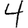
Digit: 4